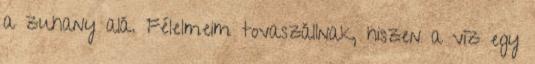
a zuhany alá. Félelmeim tovaszállnak, hiszen a víz egy